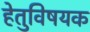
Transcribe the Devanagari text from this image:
हेतुविषयक